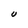
Character: U